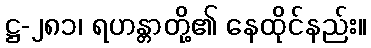
ဋ္ဌ-၂၈၁၊ ရဟန္တာတို့၏ နေထိုင်နည်း။